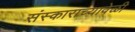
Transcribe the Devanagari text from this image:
संस्काराच्यावेळी